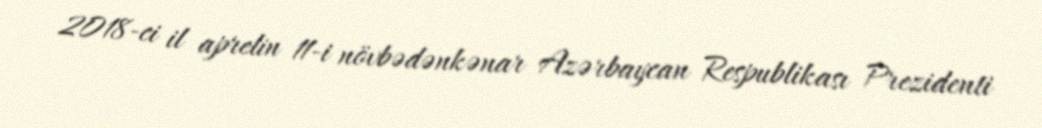
2018-ci il aprelin 11-i növbədənkənar Azərbaycan Respublikası Prezidenti